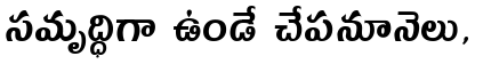
సమృద్ధిగా ఉండే చేపనూనెలు,